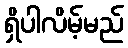
ရှိပါလိမ့်မည်